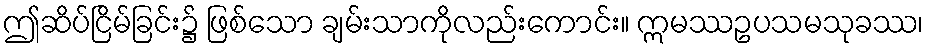
ဤဆိပ်ငြိမ်ခြင်း၌ ဖြစ်သော ချမ်းသာကိုလည်းကောင်း။ ဣမဿဥပသမသုခဿ၊